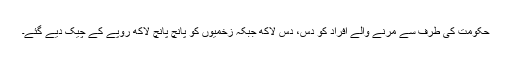
حکومت کی طرف سے مرنے والے افراد کو دس، دس لاکھ جبکہ زخمیوں کو پانچ پانچ لاکھ روپے کے چیک دیے گئے۔